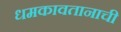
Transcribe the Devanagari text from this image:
धमकावतानाची